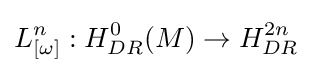
L_{[\omega ]}^{n}:H_{DR}^{0}(M)\to H_{DR}^{2n}